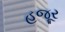
હજૂર